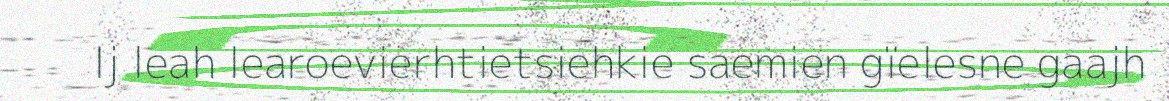
Ij leah learoevierhtietsiehkie saemien gïelesne gaajh